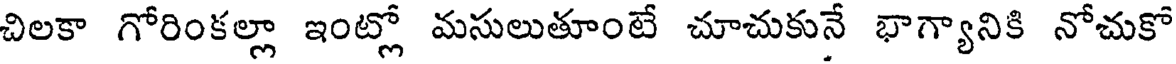
చిలకా గోరింకల్లా ఇంట్లో మసులుతూంటే చూచుకునే భాగ్యానికి నోచుకో